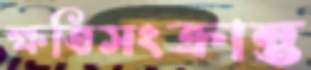
ক্ষতিসংক্রান্ত